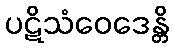
ပဋိသံဝေဒေန္တိ